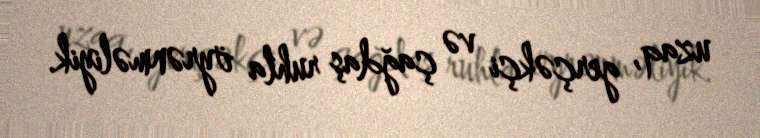
uzaq, gerçəkçi və çağdaş ruhla öyrənməliyik.